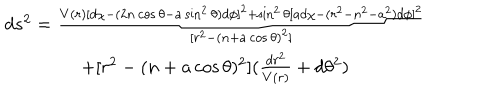
LaTeX: \begin{array} { c } { { d s ^ { 2 } = \frac { V ( r ) [ d \chi - ( 2 n \cos \theta - a \sin ^ { 2 } \theta ) d \phi ] ^ { 2 } + \sin ^ { 2 } \theta \lbrack a d \chi - ( r ^ { 2 } - n ^ { 2 } - a ^ { 2 } ) d \phi ] ^ { 2 } } { [ r ^ { 2 } - ( n + a \cos \theta ) ^ { 2 } ] } } } \\ { { + [ r ^ { 2 } - ( n + a \cos \theta ) ^ { 2 } ] ( \frac { d r ^ { 2 } } { V ( r ) } + d \theta ^ { 2 } ) } } \\ \end{array}